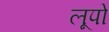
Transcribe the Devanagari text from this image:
लूपो